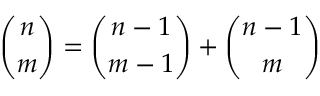
{ \binom { n } { m } } = { \binom { n - 1 } { m - 1 } } + { \binom { n - 1 } { m } }